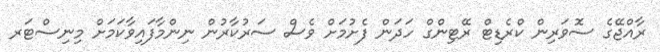
ރާއްޖޭގެ ސޮވަރިން ކްރެޑިޓް ރޭޓިންގް ހަދަން ފެށުމަށް ވެސް ސަރުކާރުން ނިންމާފައިވާކަމަށް މިނިސްޓަރ